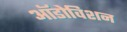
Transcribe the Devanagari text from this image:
ऑडोविशन